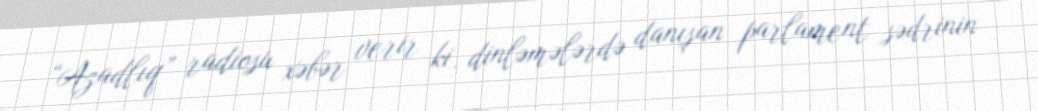
“Azadlıq” radiosu xəbər verir ki, dinləmələrdə danışan parlament sədrinin